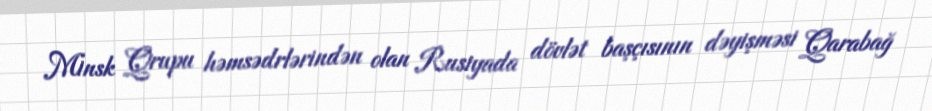
Minsk Qrupu həmsədrlərindən olan Rusiyada dövlət başçısının dəyişməsi Qarabağ